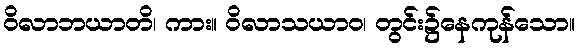
ဝိလာဘယာတိ၊ ကား။ ဝိလာသယာဝ၊ တွင်း၌နေကုန်သော။